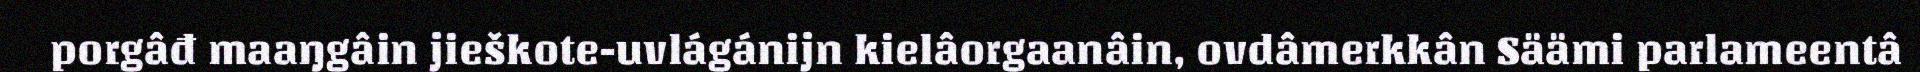
porgâđ maaŋgâin jieškote-uvlágánijn kielâorgaanâin, ovdâmerkkân Säämi parlameentâ